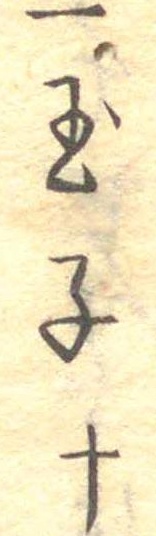
一玉子十